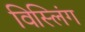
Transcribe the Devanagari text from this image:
विस्लिंग